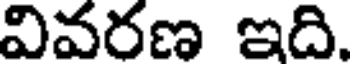
వివరణ ఇది.